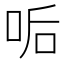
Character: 㖃